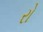
રો